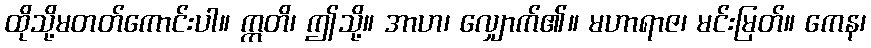
ထိုသို့မတတ်ကောင်းပါ။ ဣတိ၊ ဤသို့။ အာဟ၊ လျှောက်၏။ မဟာရာဇ၊ မင်းမြတ်။ ကေန၊